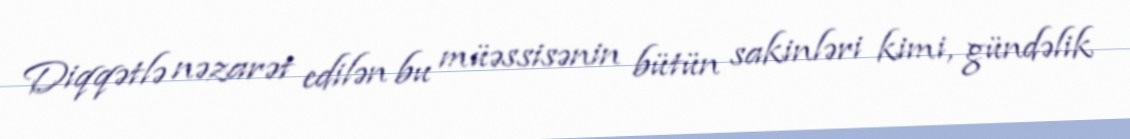
Diqqətlə nəzarət edilən bu müəssisənin bütün sakinləri kimi, gündəlik